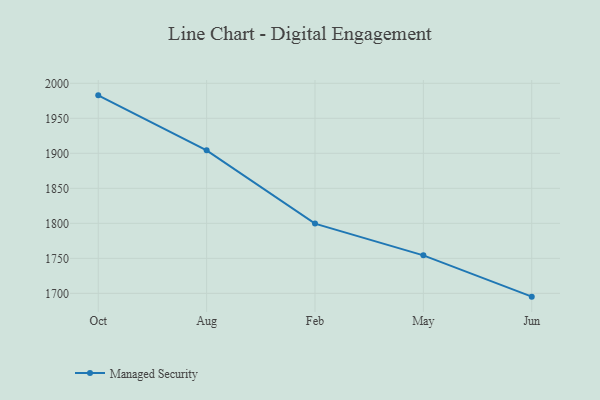
{"axis": {"x": "Month", "y": "Backlog"}, "legend": ["Managed Security"], "data": [{"x": "Oct", "y": 1982.8, "type": "Managed Security"}, {"x": "Aug", "y": 1904.3, "type": "Managed Security"}, {"x": "Feb", "y": 1799.6, "type": "Managed Security"}, {"x": "May", "y": 1754.3, "type": "Managed Security"}, {"x": "Jun", "y": 1695.3, "type": "Managed Security"}]}